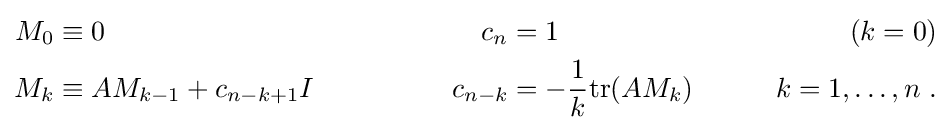
{\begin{aligned}M_{0}&\equiv 0&c_{n}&=1\qquad &(k=0)\\M_{k}&\equiv AM_{k-1}+c_{n-k+1}I\qquad \qquad &c_{n-k}&=-{\frac {1}{k}}\mathrm {tr} (AM_{k})\qquad &k=1,\ldots ,n~.\end{aligned}}